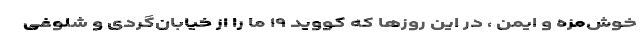
خوش‌مزه و ایمن ، در این روزها که کووید ۱۹ ما را از خیابان‌گردی و شلوغی